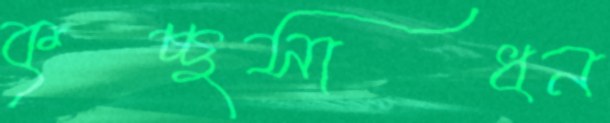
কৃচ্ছসাধন